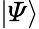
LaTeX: |\varPsi\rangle